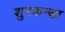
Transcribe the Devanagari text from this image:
शुरकन्डा